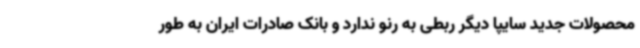
محصولات جدید سایپا دیگر ربطی به رنو ندارد و بانک صادرات ایران به طور